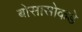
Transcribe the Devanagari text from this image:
बोसासोकडे